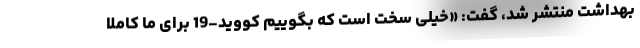
بهداشت منتشر شد، گفت: «خیلی سخت است که بگوییم کووید-19 برای ما کاملا